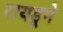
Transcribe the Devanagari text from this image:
रायडूने